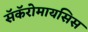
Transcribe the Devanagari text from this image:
सॅकॅरोमायसिस